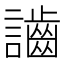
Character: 𪘙